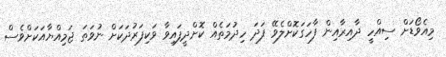
މިއެވޯޑަށް ސިއްހީ ދާއިރާއިން ފާހަގަކޮށްލެވޭ ފަދަ ހިދުމަތެއް ކޮށްދީފައިވާ ވަކިފަރުދަކަށް ނުވަތަ ޖަމިއްޔާއަކަށްވެސް